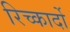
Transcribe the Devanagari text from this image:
रिच्कार्दो